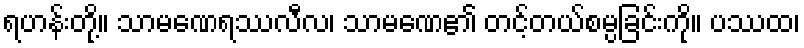
ရဟန်းတို့။ သာမဏေရဿလီလ၊ သာမဏေ၏ တင့်တယ်စမ္ပခြင်းကို။ ပဿထ၊